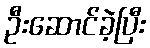
ဦးဆောင်ခဲ့ပြီး